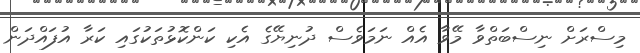
މިސްރަށް ނިސްބަތްވާ މޭވާ އެއް ނަމަވެސް ދުނިޔޭގެ އެކި ކަންކޮޅުތަކުގައި ކަރާ އުފައްދަން